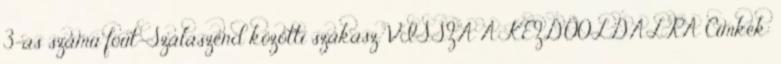
3-as számú fõút-Szalaszend közötti szakasz. VISSZA A KEZDŐOLDALRA Címkék: